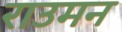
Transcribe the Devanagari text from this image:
राउमन